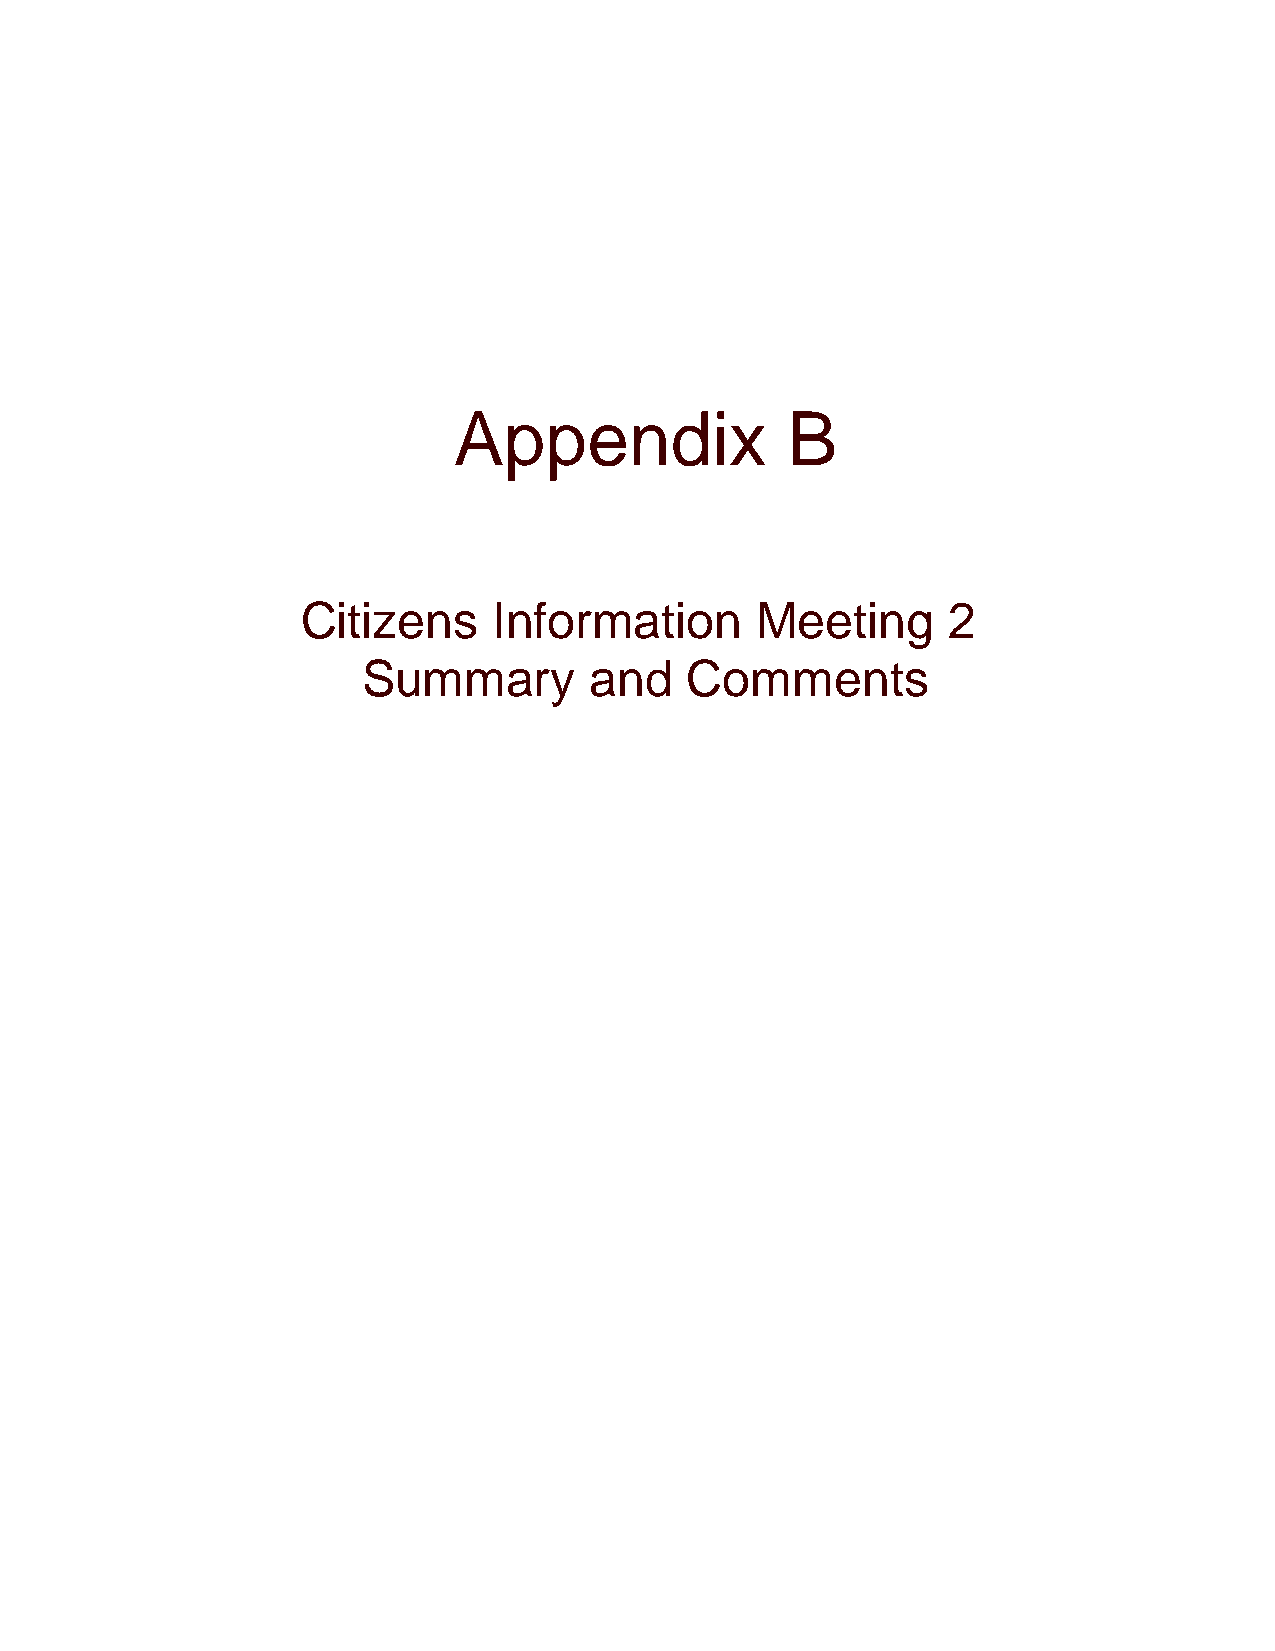
Appendix              B
 Citizens     Information      Meeting      2
 Summary        and    Comments